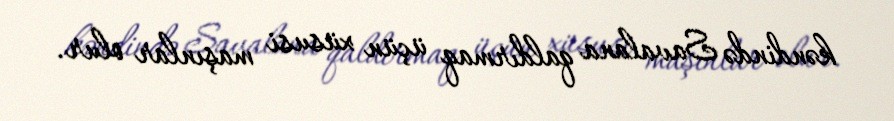
kəndində Savalana qaldırmaq üçün xüsusi maşınlar olur.